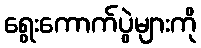
ရွေးကောက်ပွဲများကို